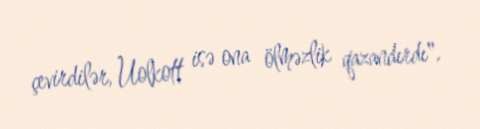
çevirdilər, Uolkott isə ona ölməzlik qazandırdı".